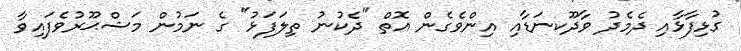
ގުޅިފާޅާއި ދެމެދު ވާދޫކނަޑާއި އިންވެގެން އޮތް "ދެކުނު ތިލަފަޅު" ގެ ނަމުން މަޝްޙޫރުވެފައިވާ